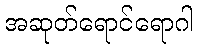
အဆုတ်ရောင်ရောဂါ